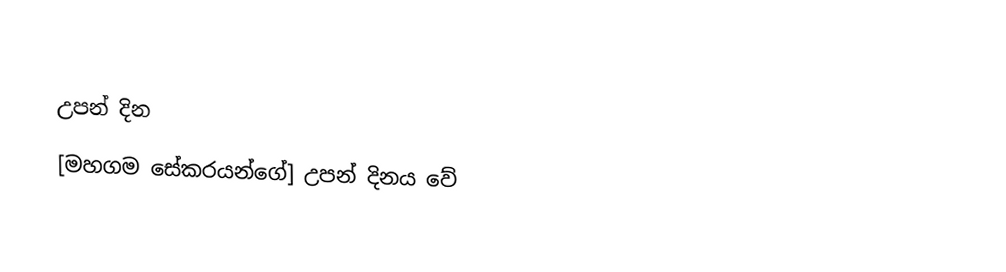

උපන් දින
 [මහගම සේකරයන්ගේ] උපන් දිනය වේ